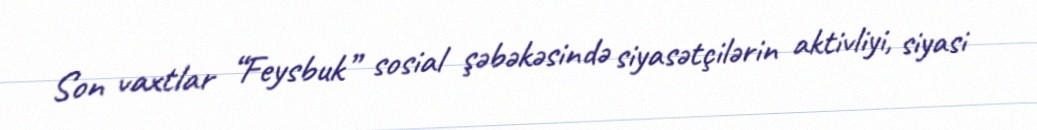
Son vaxtlar “Feysbuk” sosial şəbəkəsində siyasətçilərin aktivliyi, siyasi